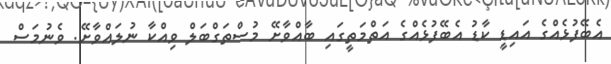
އެބޭފުޅެއްގެ އައިޑީ ކާޑު އެބޭފުޅެއްގެ އަތްމަތީގައި ބާއްވާށޭ މުސްތަގްބަލް ވިއްކާ ނުލައްވާށޭ. ވެނުމަސް